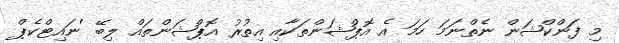
މި ފަންކްޝަން ނެތްނަމަ ހަމަ އެ އޮޕްޝަންތަކާއި އިތުރު އޮޕްޝަންތައް ލިބޭ 'ނައިޓްކެޕް